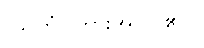
(သုတံ၊ ကြားအပ်ပါ၏။)